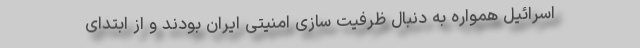
اسرائیل همواره به دنبال ظرفیت سازی امنیتی ایران بودند و از ابتدای